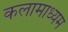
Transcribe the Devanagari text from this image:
कलामाध्यम